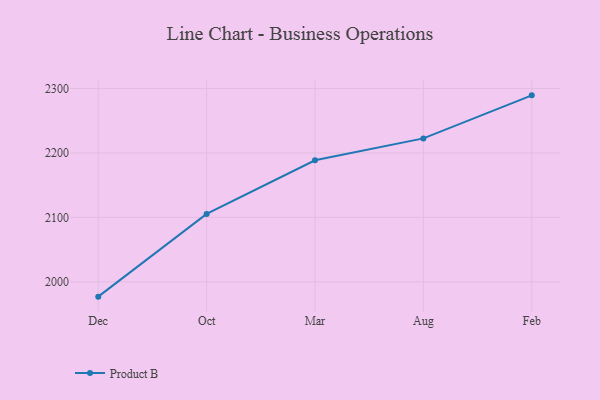
{"axis": {"x": "Month", "y": "Operating Costs (USD K)"}, "legend": ["Product B"], "data": [{"x": "Dec", "y": 1977.0, "type": "Product B"}, {"x": "Oct", "y": 2105.4, "type": "Product B"}, {"x": "Mar", "y": 2188.5, "type": "Product B"}, {"x": "Aug", "y": 2222.5, "type": "Product B"}, {"x": "Feb", "y": 2289.3, "type": "Product B"}]}